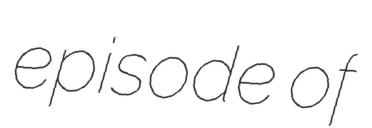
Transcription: episode of